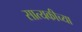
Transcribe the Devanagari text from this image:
सात्यकीच्या